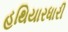
હથિયારધારી